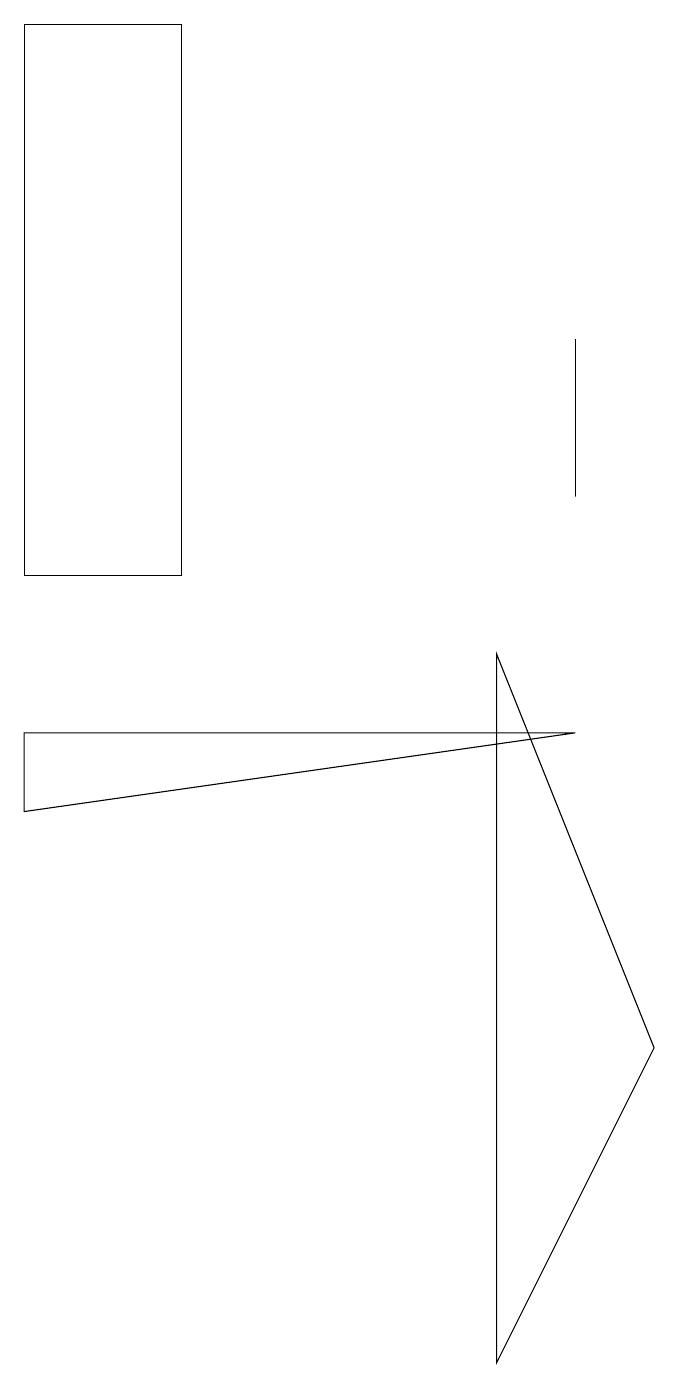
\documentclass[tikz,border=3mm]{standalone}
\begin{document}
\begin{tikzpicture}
\draw (3,10) rectangle (1,17);
\draw (1,7) -- (8,8) -- (1,8) -- cycle;
\draw (7,0) -- (7,9) -- (9,4) -- cycle;
\draw (8,11) rectangle (8,13);
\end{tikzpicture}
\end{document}